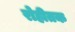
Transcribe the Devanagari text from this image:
रोहीतक